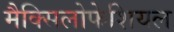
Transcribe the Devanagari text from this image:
मैक्सिलोफेशियल